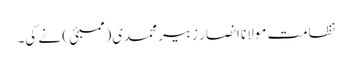
نظامت مولانا انصار زبیر محمدی(ممبئی ) نے کی۔